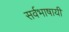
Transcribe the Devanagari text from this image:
सर्वभाषायी